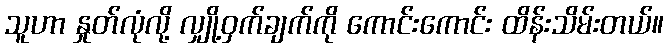
သူဟာ နှုတ်လုံလို့ လျှို့ဝှက်ချက်ကို ကောင်းကောင်း ထိန်းသိမ်းတယ်။